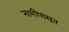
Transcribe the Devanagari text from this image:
नाभीपासून